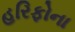
હરિફોના